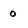
Character: 0